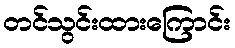
တင်သွင်းထားကြောင်း